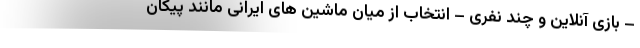
– بازی آنلاین و چند نفری – انتخاب از میان ماشین های ایرانی مانند پیکان